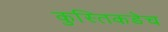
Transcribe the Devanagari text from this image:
कुस्तिकडेच